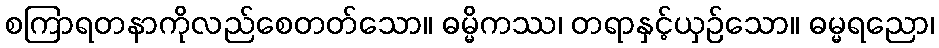
စကြာရတနာကိုလည်စေတတ်သော။ ဓမ္မိကဿ၊ တရာနှင့်ယှဉ်သော။ ဓမ္မရညော၊